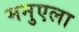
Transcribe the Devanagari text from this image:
मनुएला